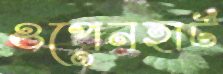
ওপেনহার্ট